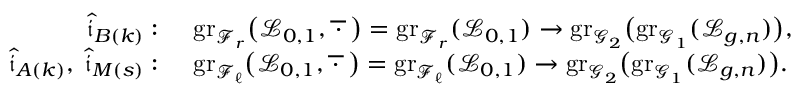
\begin{array} { r l } { \widehat { \mathfrak { i } } _ { B ( k ) } : } & { \: \, \mathrm { g r } _ { \mathcal { F } _ { r } } \bigl ( \mathcal { L } _ { 0 , 1 } , \overline { { \, \cdot \, } } \, \bigr ) = \mathrm { g r } _ { \mathcal { F } _ { r } } ( \mathcal { L } _ { 0 , 1 } ) \to \mathrm { g r } _ { \mathcal { G } _ { 2 } } \bigl ( \mathrm { g r } _ { \mathcal { G } _ { 1 } } ( \mathcal { L } _ { g , n } ) \bigr ) , } \\ { \widehat { \mathfrak { i } } _ { A ( k ) } , \: \widehat { \mathfrak { i } } _ { M ( s ) } : } & { \: \, \mathrm { g r } _ { \mathcal { F } _ { \ell } } \bigl ( \mathcal { L } _ { 0 , 1 } , \overline { { \, \cdot \, } } \, \bigr ) = \mathrm { g r } _ { \mathcal { F } _ { \ell } } ( \mathcal { L } _ { 0 , 1 } ) \to \mathrm { g r } _ { \mathcal { G } _ { 2 } } \bigl ( \mathrm { g r } _ { \mathcal { G } _ { 1 } } ( \mathcal { L } _ { g , n } ) \bigr ) . } \end{array}